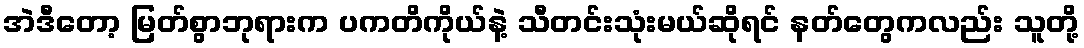
အဲဒီတော့ မြတ်စွာဘုရားက ပကတိကိုယ်နဲ့ သီတင်းသုံးမယ်ဆိုရင် နတ်တွေကလည်း သူတို့